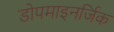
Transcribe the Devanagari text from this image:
डोपमाइनर्जिक